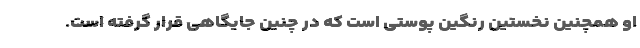
او همچنین نخستین رنگین پوستی است که در چنین جایگاهی قرار گرفته است.